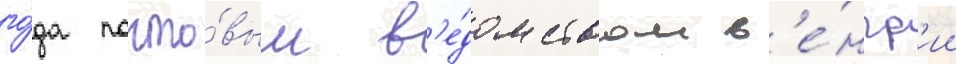
го́да почто́вым в'е́домством в'е́нгр'ии